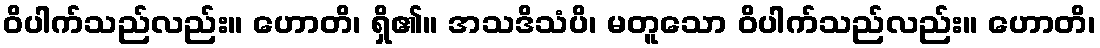
ဝိပါက်သည်လည်း။ ဟောတိ၊ ရှိ၏။ အသဒိသံပိ၊ မတူသော ဝိပါက်သည်လည်း။ ဟောတိ၊